Bréfritari: Sigurður Eiríksson
Viðtakandi: Jón Borgfirðings Jónsson
Dagsetning: A-1859-09-26
Skrifað á: Ingjaldsstöðum  S-Þing.

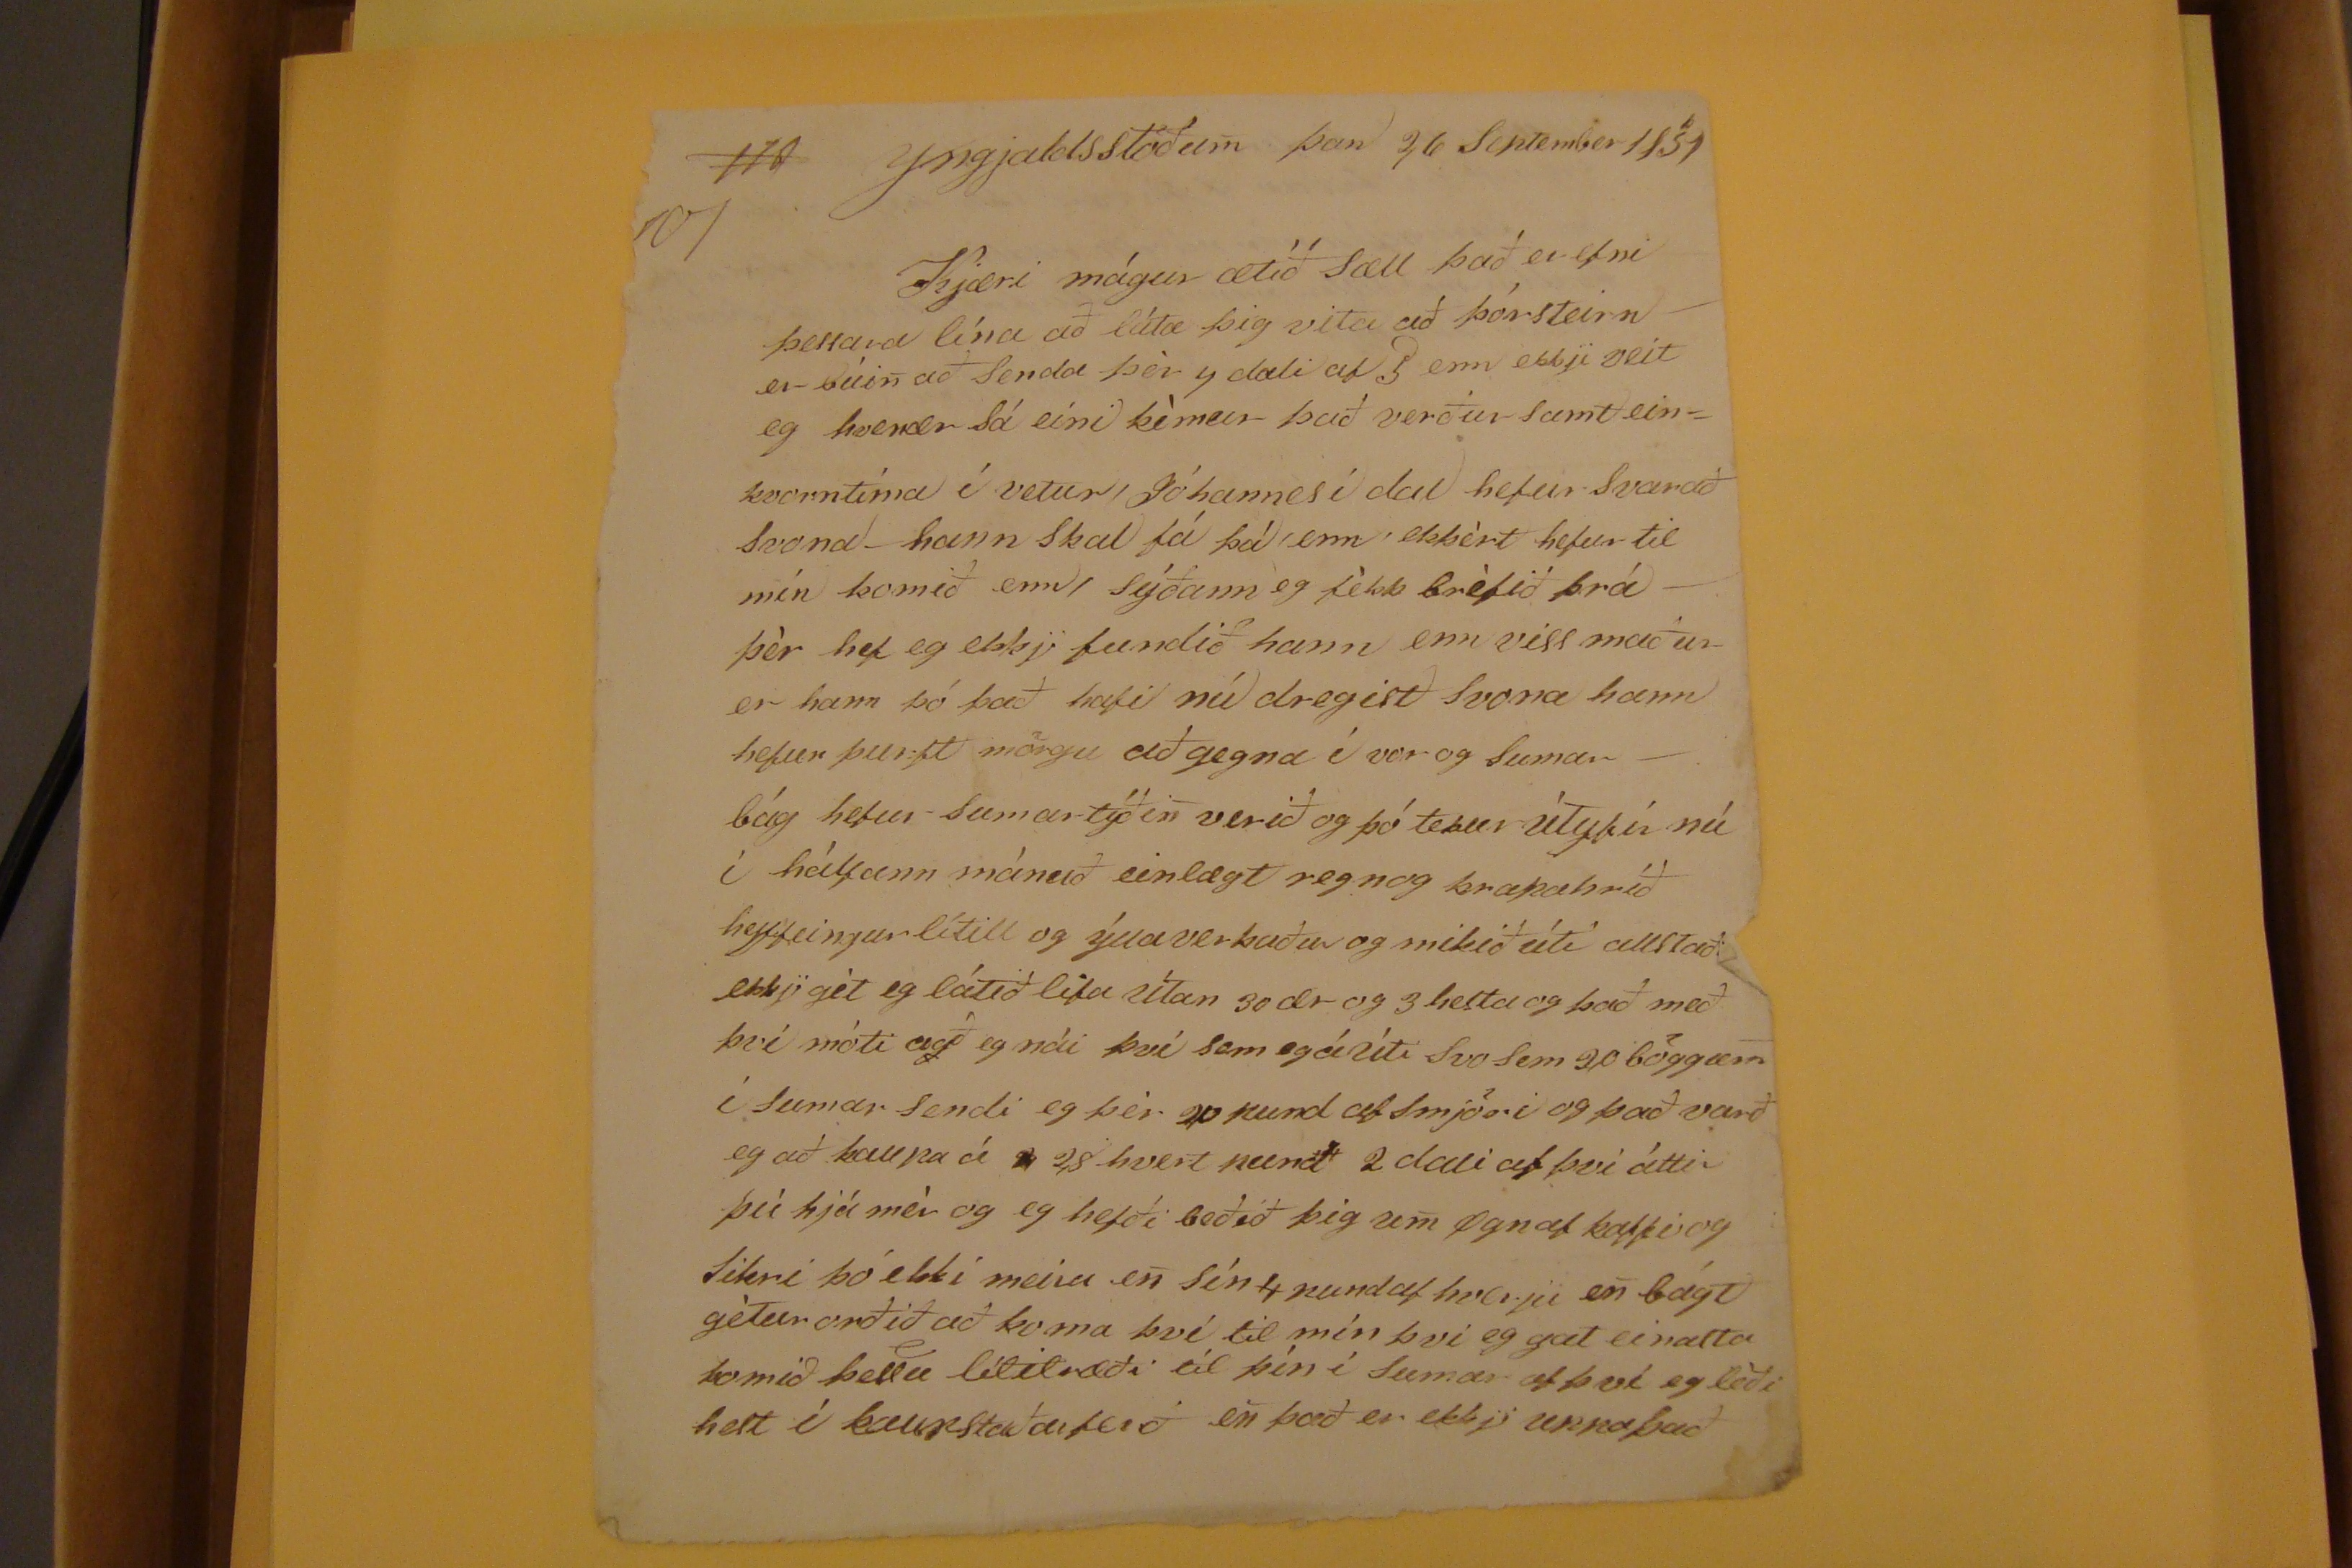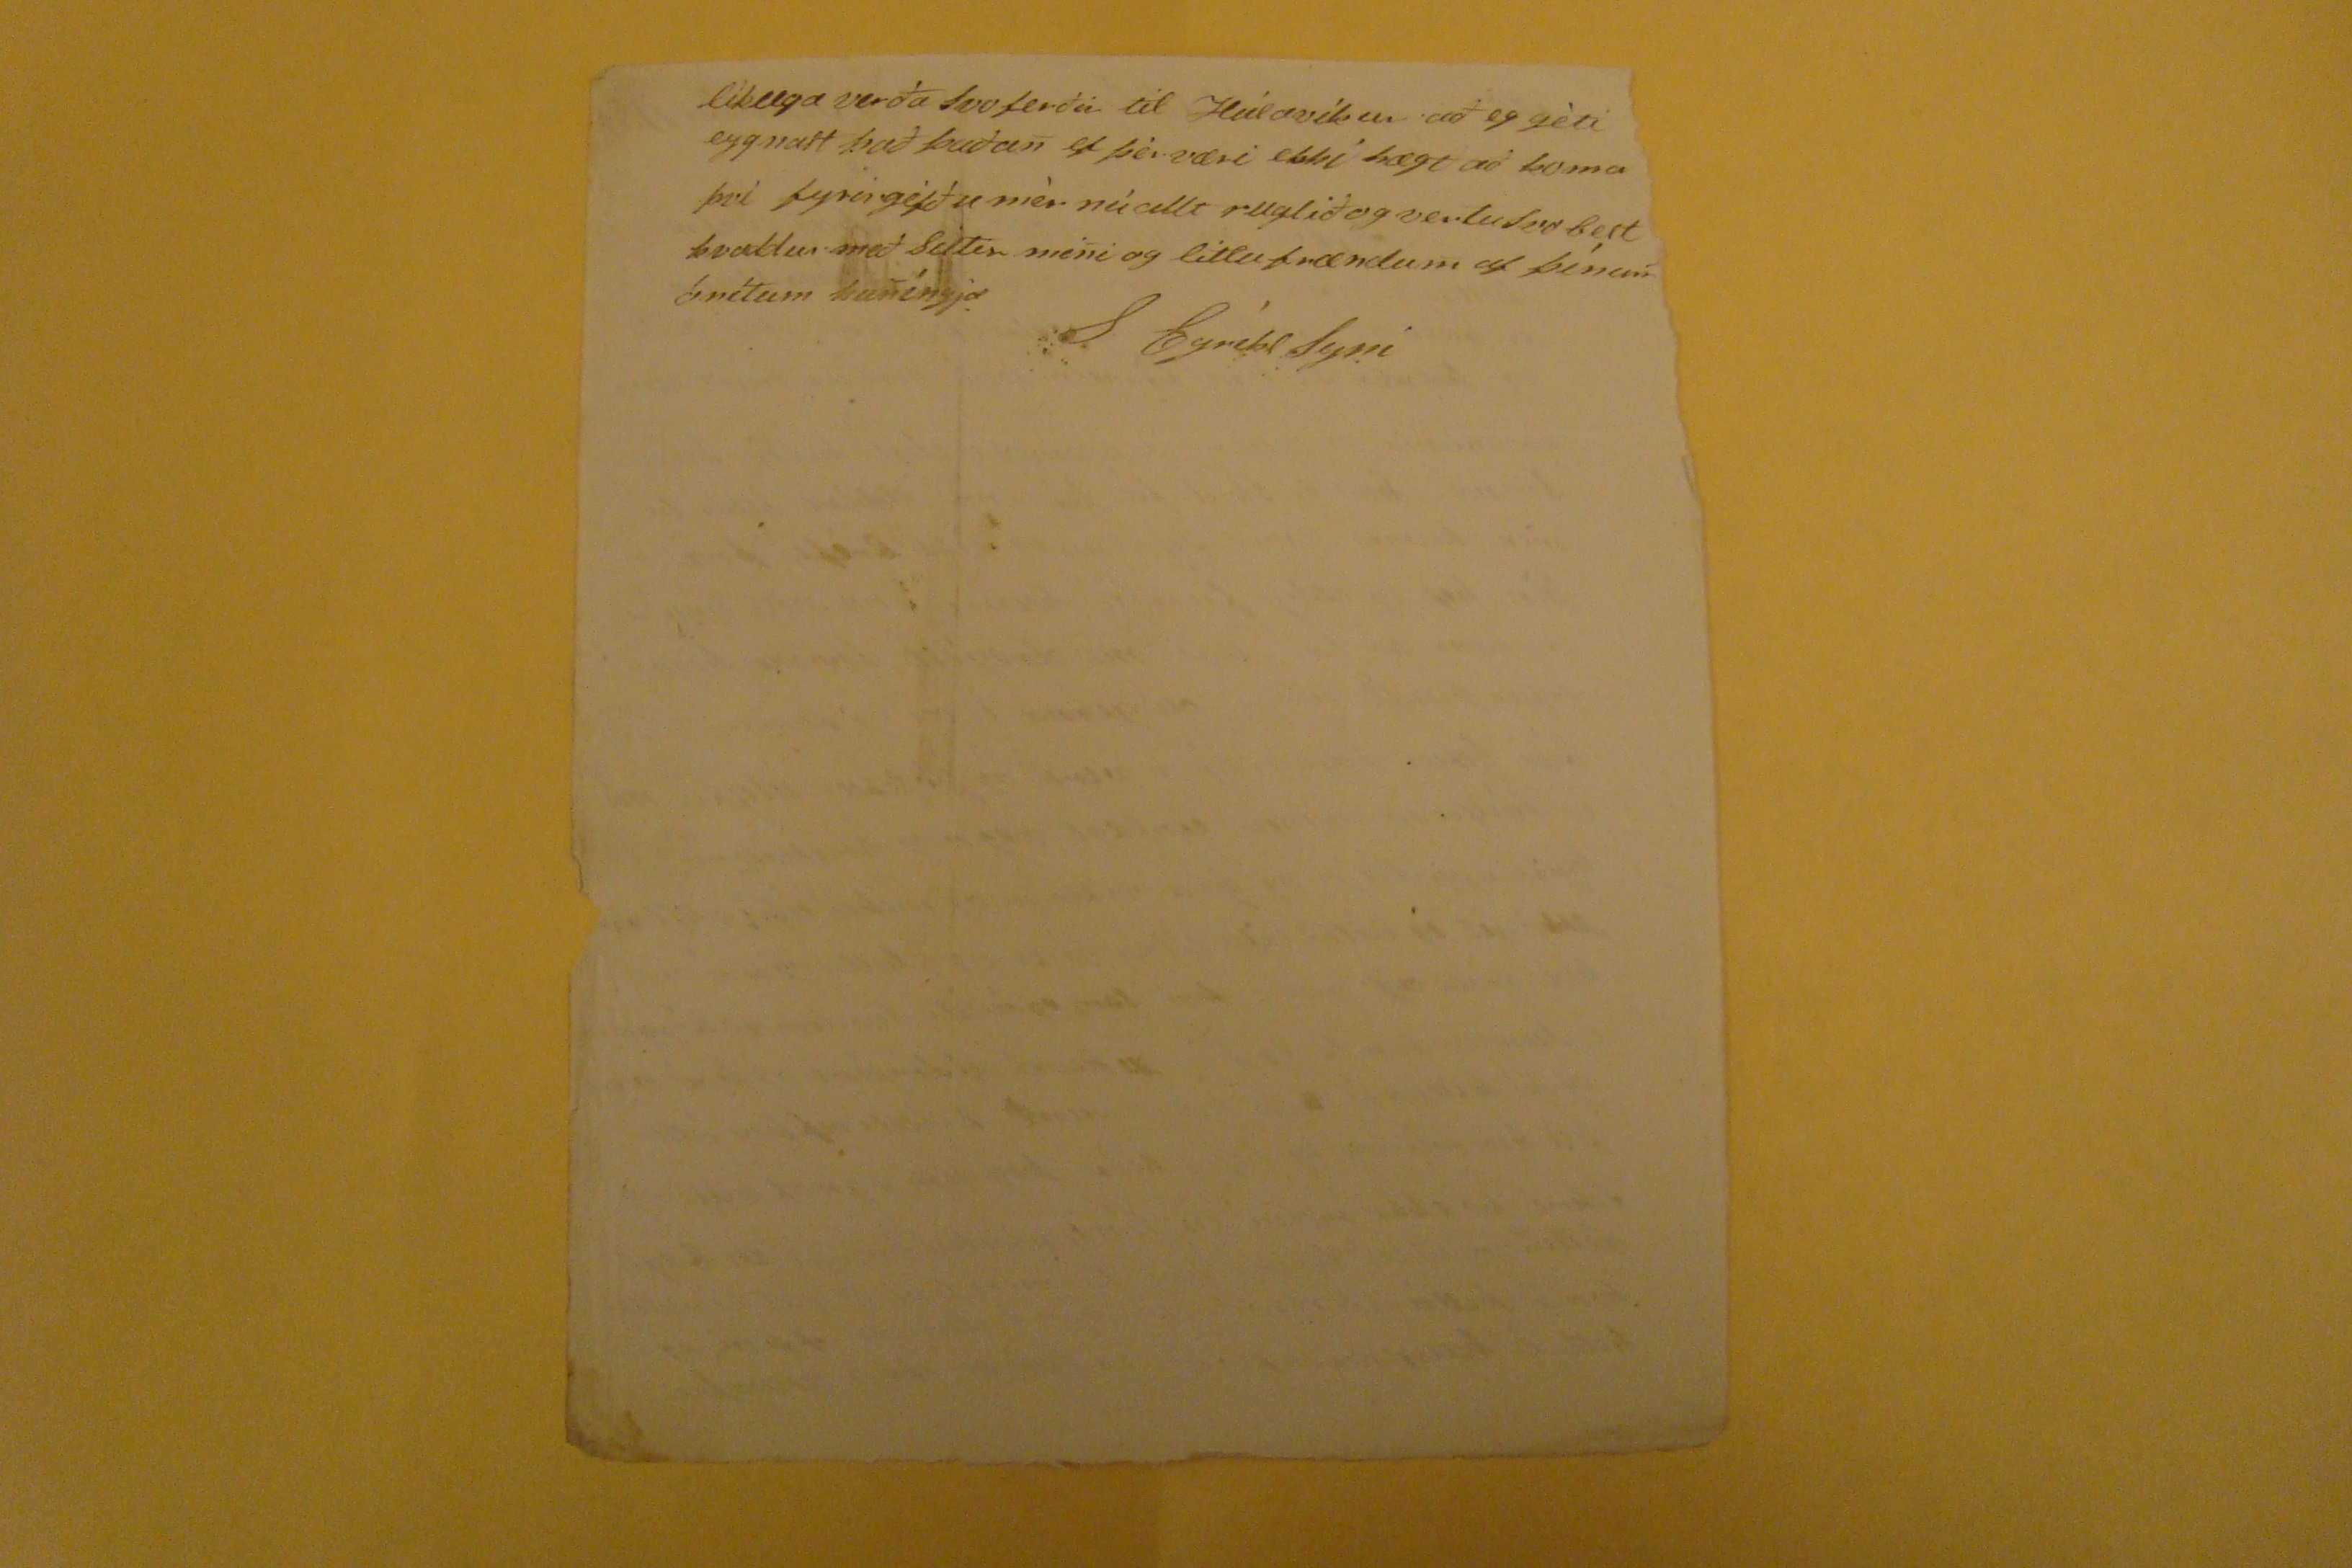

Yngjaldsstöðum þan 26 September 1859
Kjæri mágur ætíð sæll það er efni þessara lína að láta þig vita að þórsteirn er búin að senda þér 7 dali af 5 enn
ekkji
veit eg hvenær sá eini kémur það verður samt einkvortíma í vetur, Jóhannes í dal hefur svarað svona - hann skal fá þá enn ekkért hefur til mín komið enn, sýðann eg fékk bréfið frá þér hef eg ekkji fundið hann enn viss maður er hann þó það hafi nú dregist svona hann hefur þurft mörgu að gegna í vor og sumar- bág hefur sumartýðin verið og þó tekur útyfir nú í hálfann mánuð einlægt
regnog krakahríð
heyfeingur lítill og ýlla verkaður og mikið úti allstaðar ekkji gét eg látið lifa útan 30 ær og 3 hesta og það með því móti
a
g
ð
eg nái því sem eg á úti svo sem 20 böggum í sumar sendi eg þér 20 pund af smjöri og það varð eg að kaupa á
2
2
8
hvert pund 2 dali af því átti þú hjá mér og eg hefði beðið þig um Ögn af kaffi og sikri þó ekki meira en sín 4 pund af hverju en bágt gétur orðið að koma því til mín því eg gat einasta komið þessu litilræði til þín í sumar af því eg léði hest í kaupstaðarferð en það er ekkji
unna það
líklega verða svo ferðu til Húsavíkur að eg géti eygnast þæað þaðan ef þér væri ekki hægt að koma því fyrirgéfðu mér nú allt ruglið og sertu svo best kvaddur með
Silter
mini oglitlu frændum af þínum ónítum kuníngja
S EyríksSyni